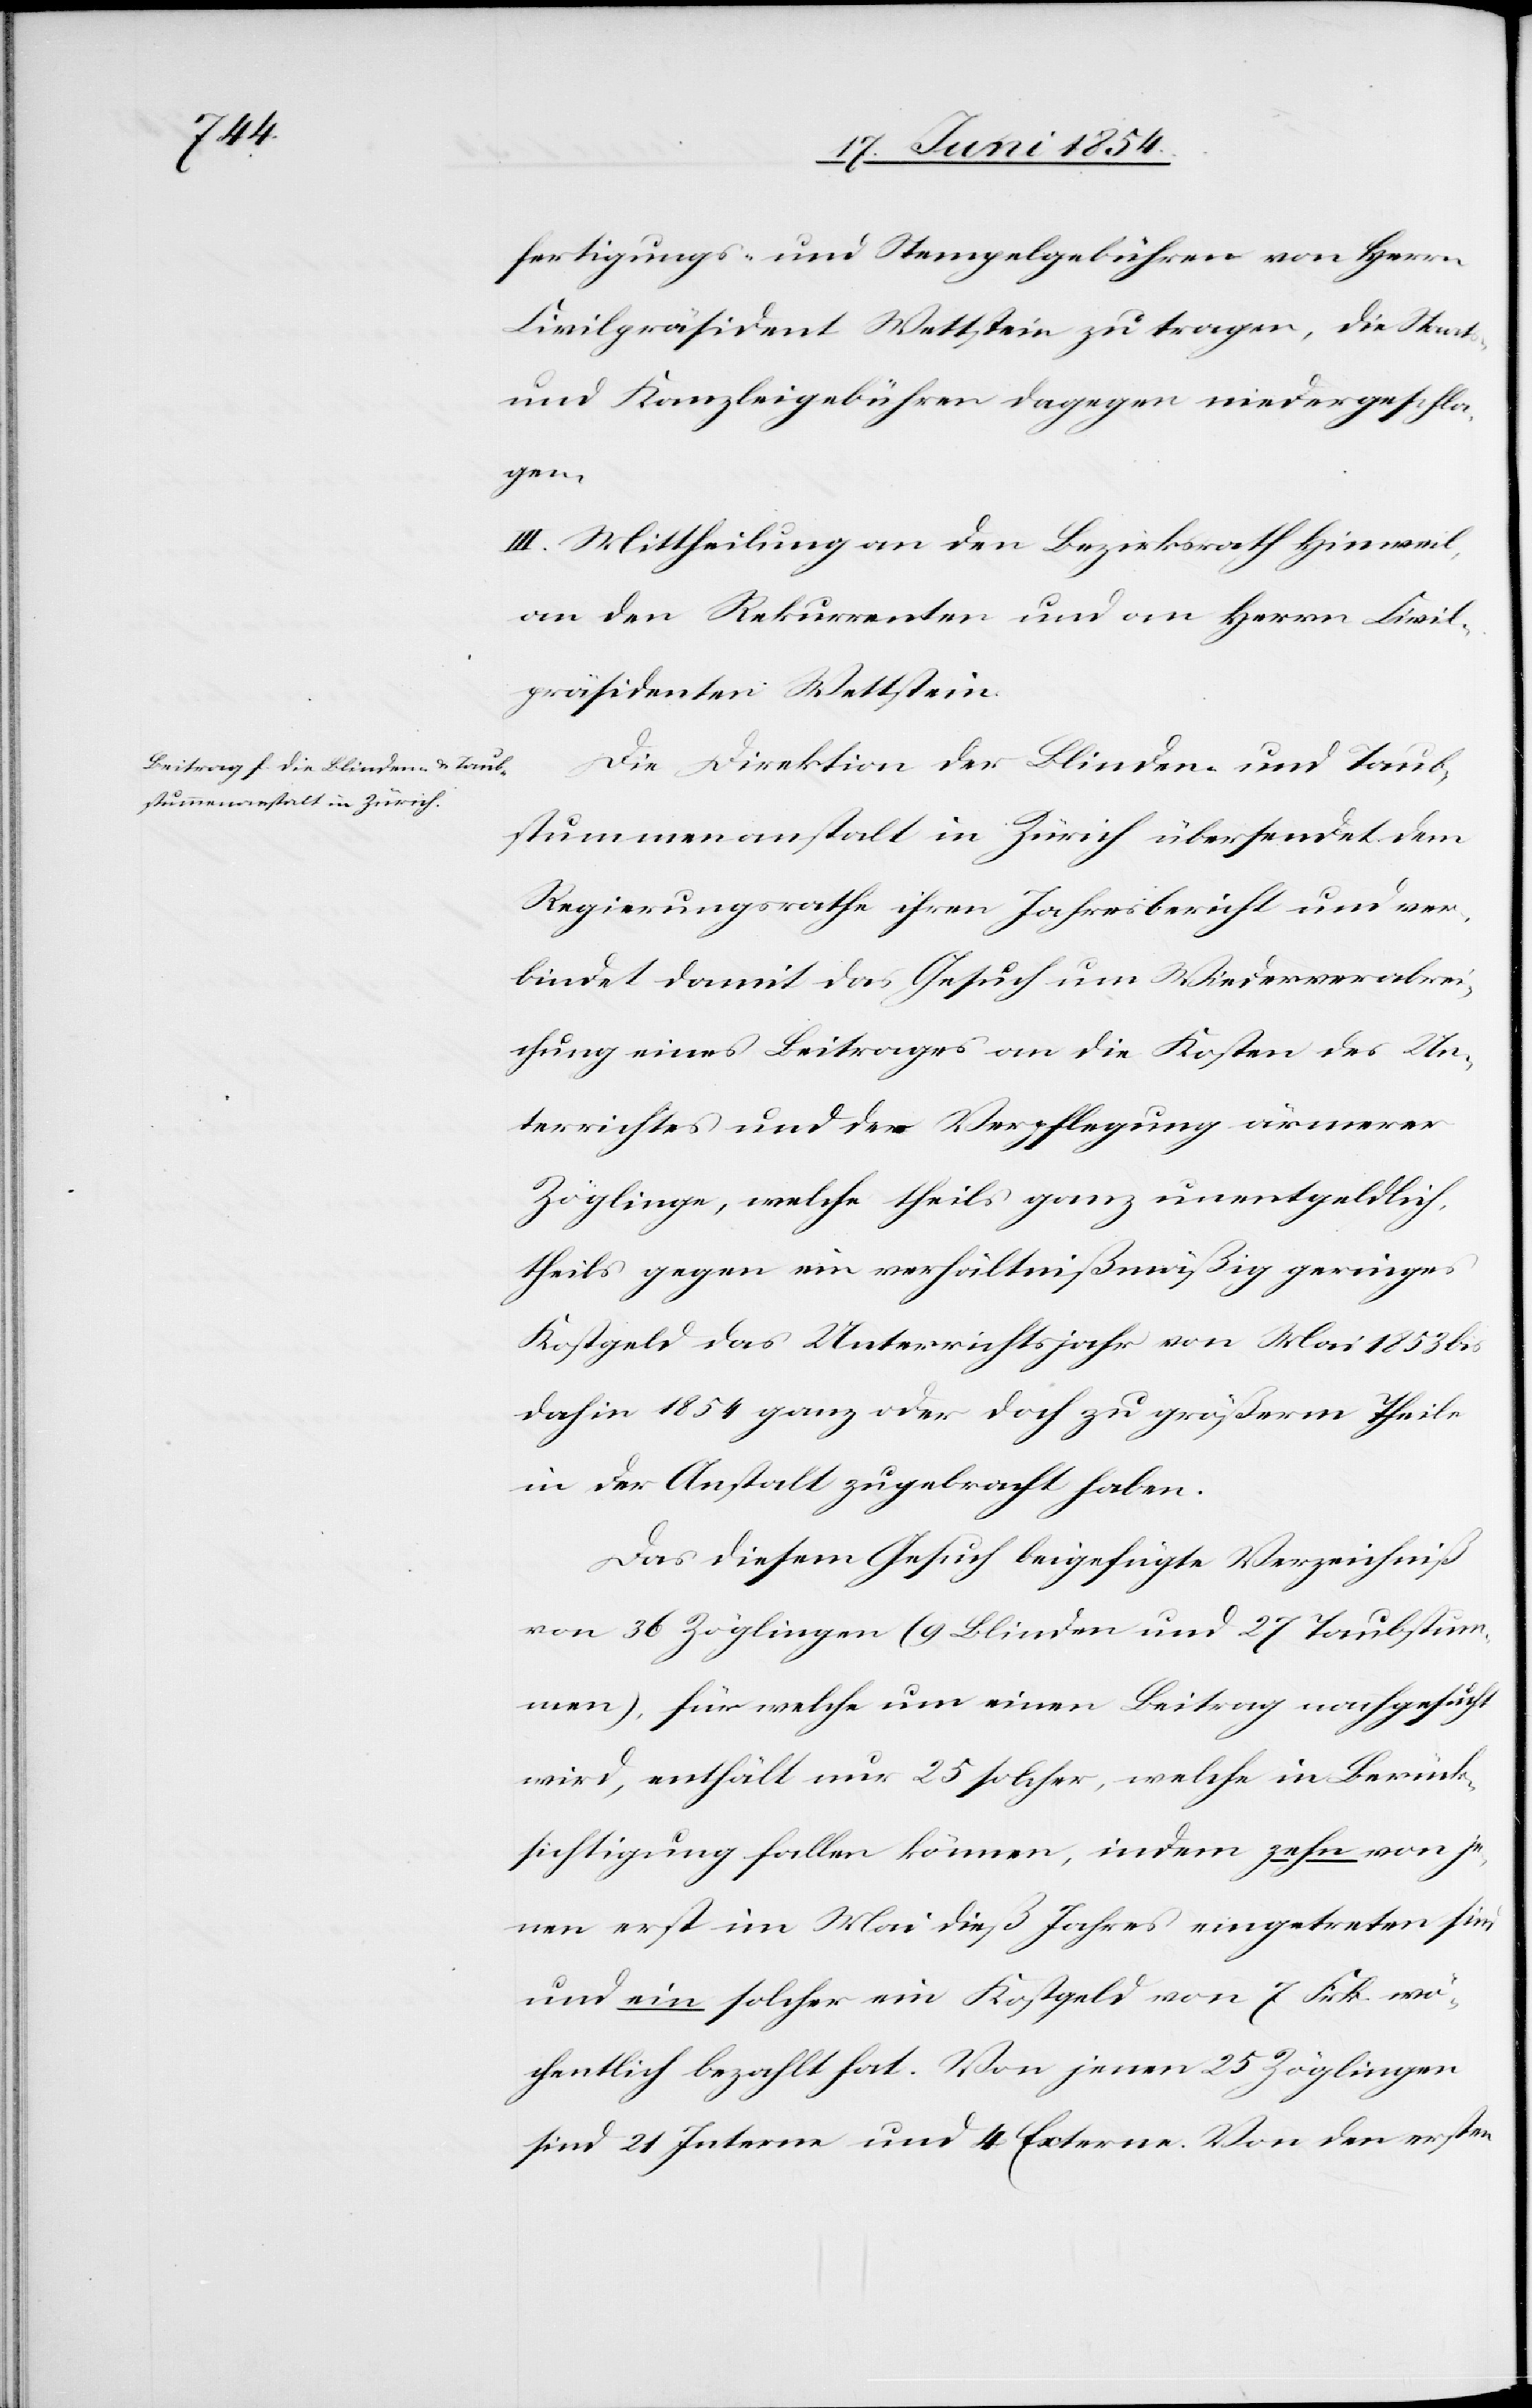
fertigungs- und Stempelgebühren von Herrn
Civilpräsident Wettstein zu tragen, die Staats-
und Kanzleigebühren dagegen niedergeschla¬
gen.
III. Mittheilung an den Bezirksrath Hinweil,
an den Rekurrent und an Herrn Civil¬
präsidenten Wettstein.
Die Direktion der Blinden- und Taub¬
stummenanstalt in Zürich übersendet dem
Regierungsrathe ihren Jahresbericht und ver¬
bindet damit das Gesuch um Wiederverabre¬
ichung eines Beitrages an die Kosten des Un¬
terrichtes und der Verpflegung ärmerer
Zöglinge, welche theils ganz unentgeldlich,
theils gegen ein verhältnißmäßig geringes
Kostgeld das Unterrichtsjahr von Mai 1853 bis
dahin 1854 ganz oder doch zu größerm Theile
in der Anstalt zugebracht haben.
Das diesem Gesuch beigefügte Verzeichniß
von 36 Zöglingen (9 Blinden und 27 Taubstum¬
men), für welche um einen Beitrag nachgesucht
wird, enthält nur 25 solcher, welche in Berück¬
sichtigung fallen können, indem zehn von je¬
nen erst im Mai dieß Jahres eingetreten sind
und ein solcher ein Kostgeld von 7 Frk. wö¬
chentlich bezahlt hat. Von jenen 25 Zöglingen
sind 21 Interne und 4 Externe. Von den ersten